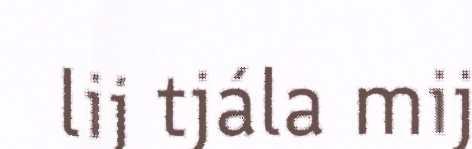
lij tjála mij